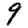
Digit: 9